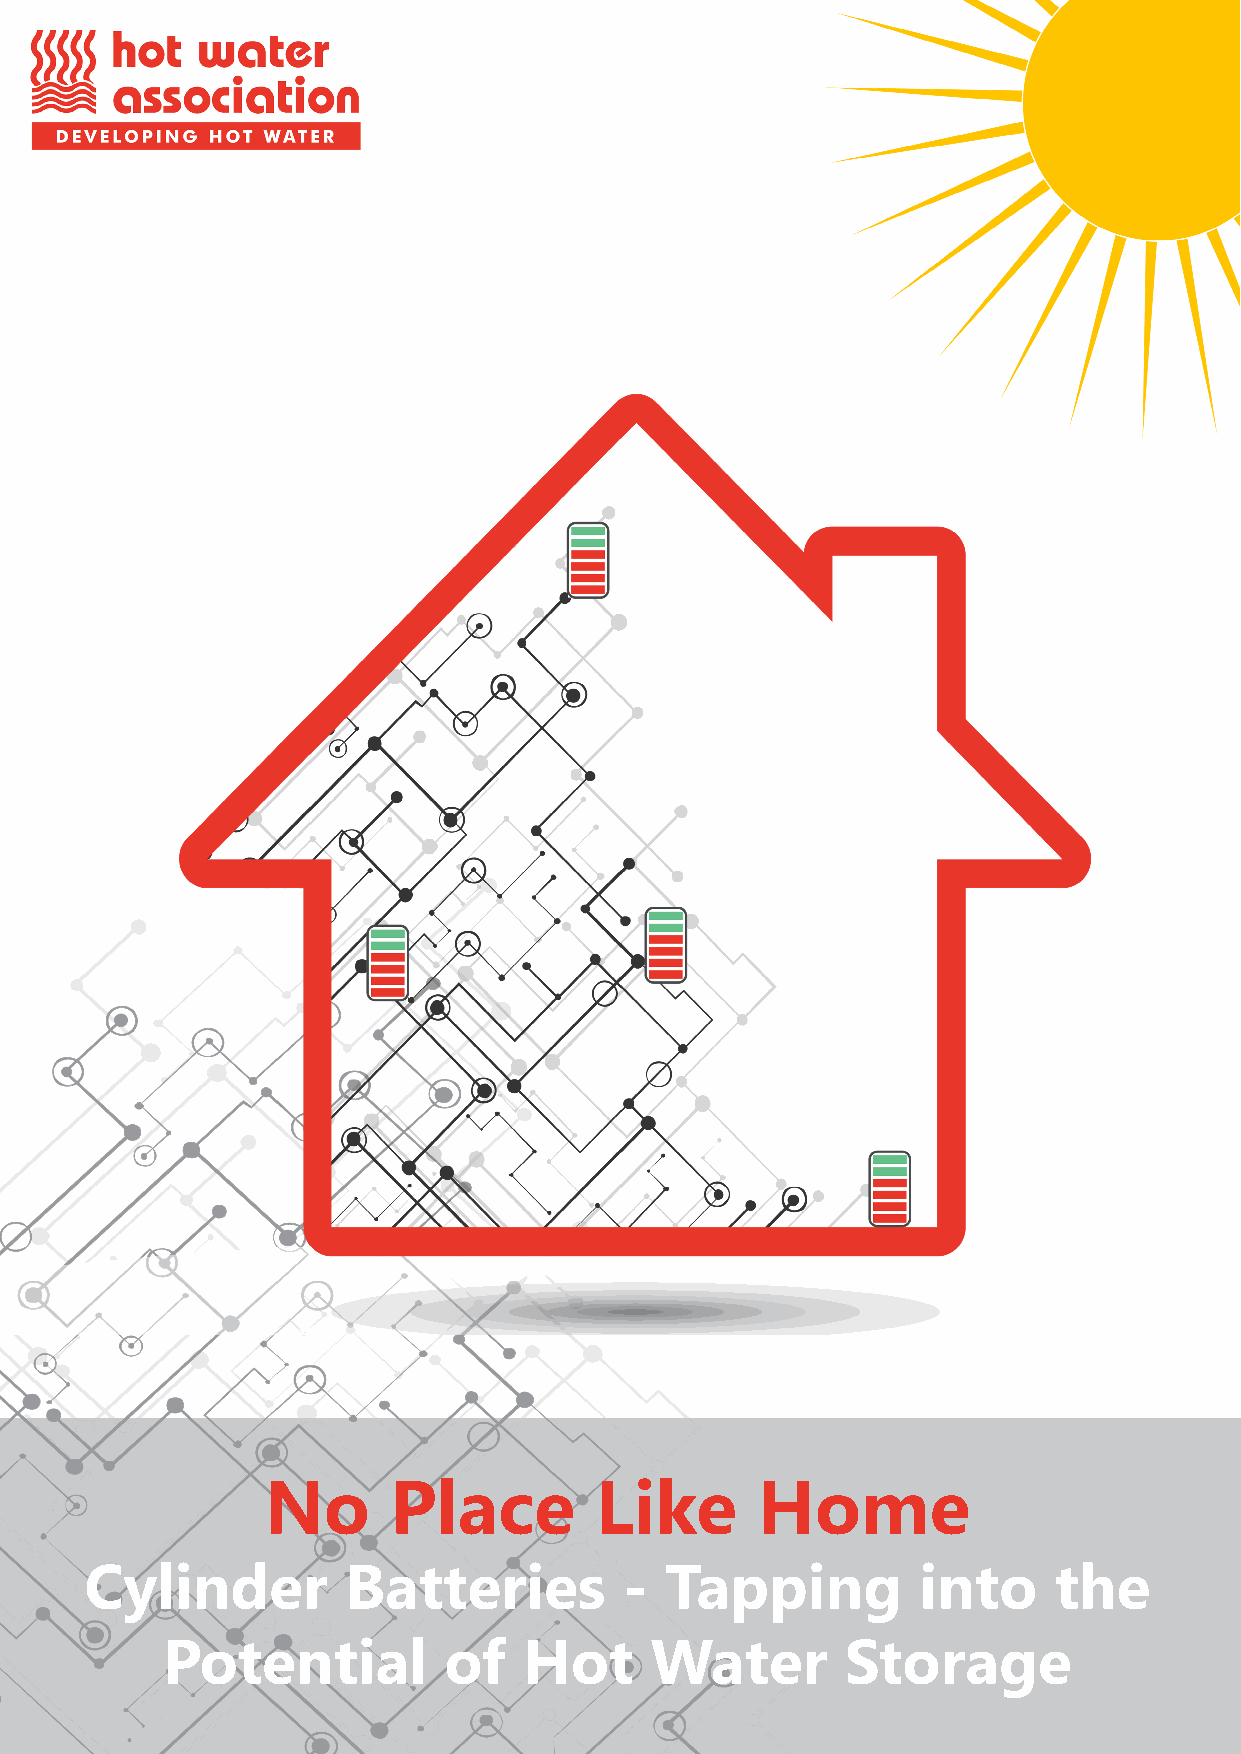
No      Place        Like       Home
 Cylinder         Batteries         -  Tapping          into     the
 Potential         of    Hot     Water        Storage